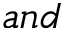
a n d